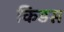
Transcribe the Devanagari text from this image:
किडस